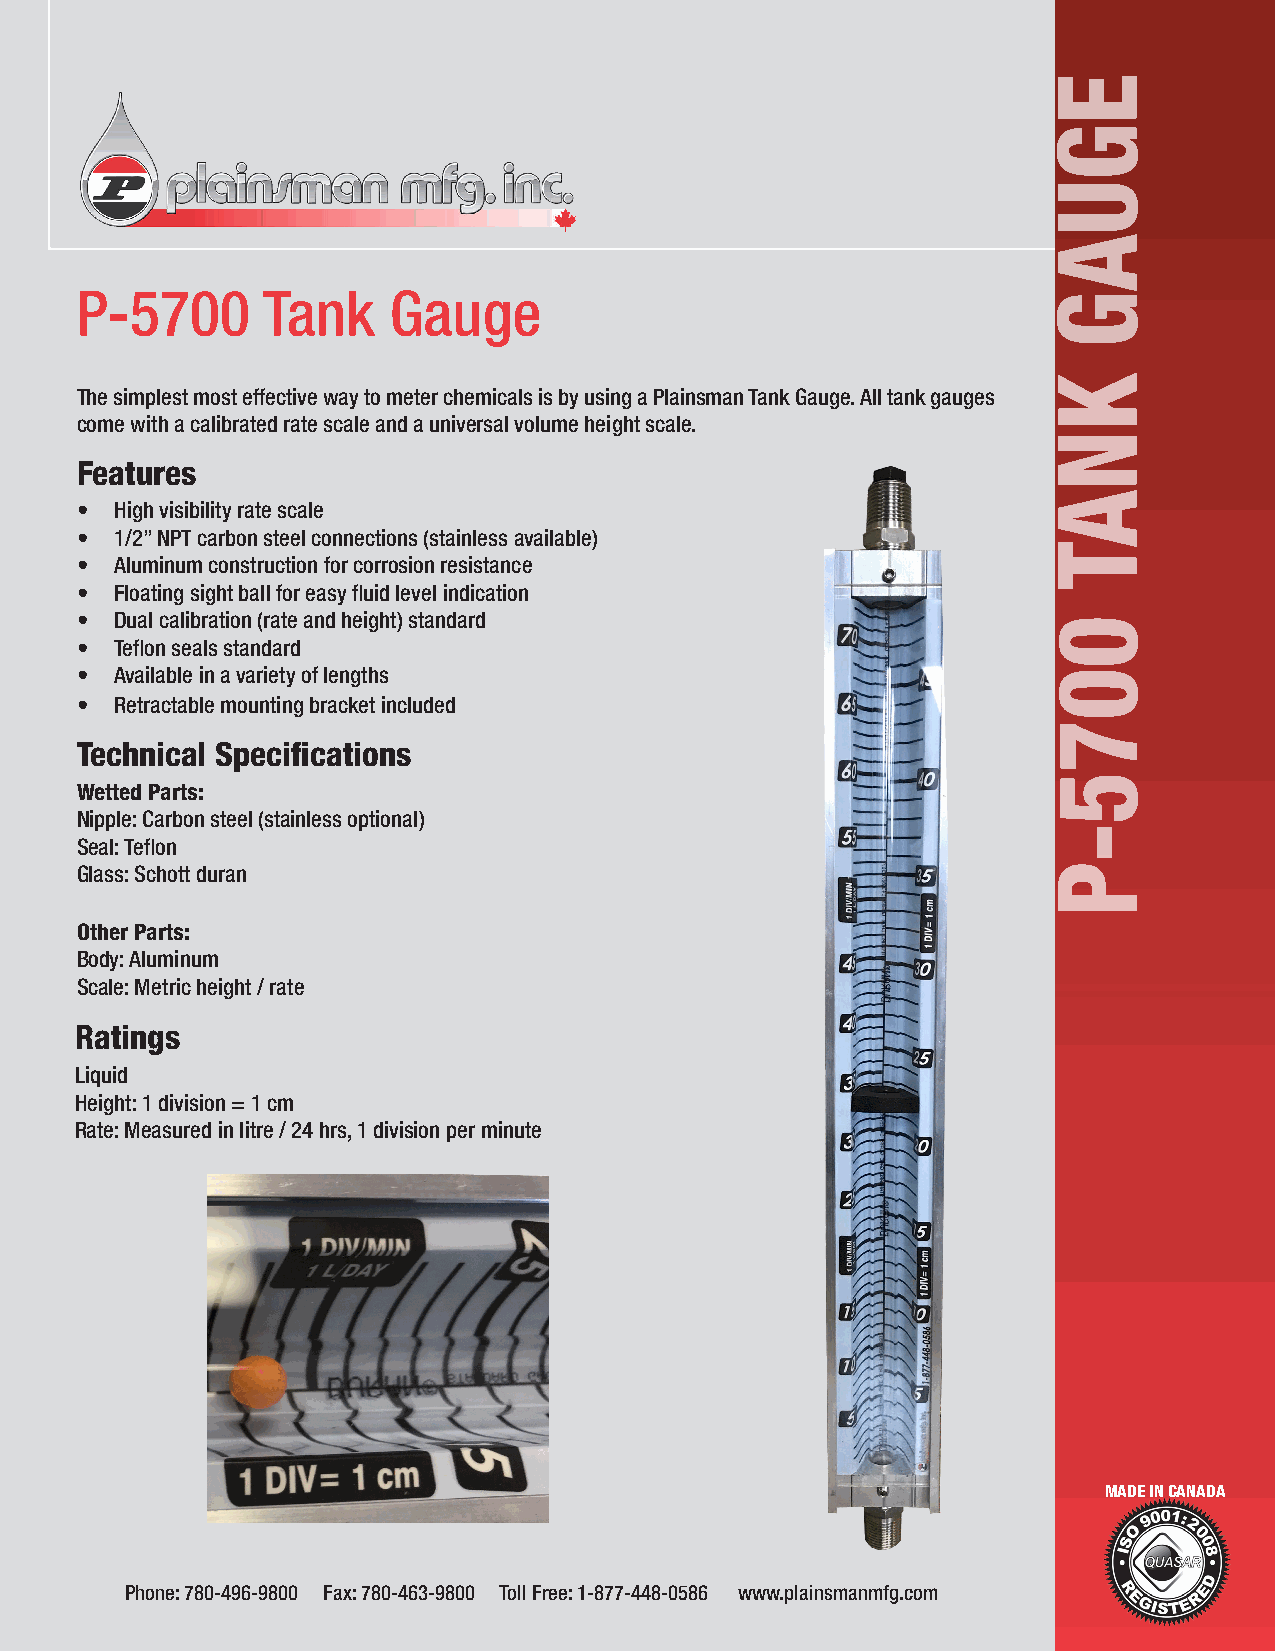
P-5700      Tank     Gauge
 The simplest most effective way to meter chemicals is by using a Plainsman Tank Gauge. All tank gauges
 come with a calibrated rate scale and a universal volume height scale.
 Features
 •  High visibility rate scale
 •  1/2” NPT carbon steel connections (stainless available)
 •  Aluminum construction for corrosion resistance
 •  Floating sight ball for easy fluid level indication
 •  Dual calibration (rate and height) standard
 •  Teflon seals standard
 •  Available in a variety of lengths
 •  Retractable mounting bracket included
 Technical Specifications
 Wetted Parts:
 Nipple: Carbon steel (stainless optional)
 Seal: Teflon
 Glass: Schott duran
 Other Parts:
 Body: Aluminum
 Scale: Metric height / rate
 Ratings
 Liquid
 Height: 1 division = 1 cm
 Rate: Measured in litre / 24 hrs, 1 division per minute
 MADE IN CANADA
 Phone: 780-496-9800 Fax: 780-463-9800 Toll Free: 1-877-448-0586 www.plainsmanmfg.com
 EGUAG
 KNAT
 0075-P
 P-5700
 TANK
 GAUGE